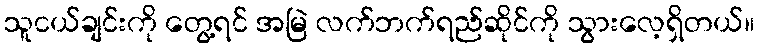
သူငယ်ချင်းကို တွေ့ရင် အမြဲ လက်ဘက်ရည်ဆိုင်ကို သွားလေ့ရှိတယ်။